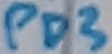
Text: PD3